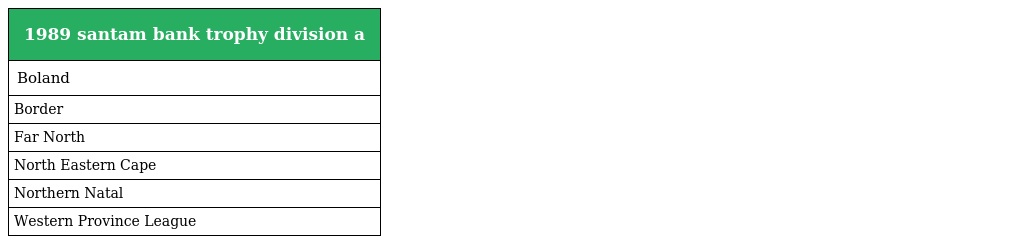
| 1989 santam bank trophy division a |
 | --- |
 | Boland |
 | Border |
 | Far North |
 | North Eastern Cape |
 | Northern Natal |
 | Western Province League |